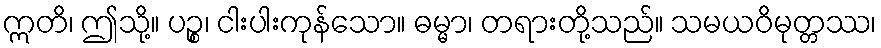
ဣတိ၊ ဤသို့။ ပဉ္စ၊ ငါးပါးကုန်သော။ ဓမ္မာ၊ တရားတို့သည်။ သမယဝိမုတ္တဿ၊